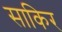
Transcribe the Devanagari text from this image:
साकिर